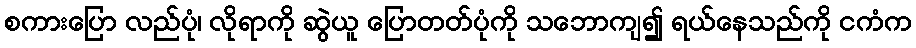
စကားပြော လည်ပုံ၊ လိုရာကို ဆွဲယူ ပြောတတ်ပုံကို သဘောကျ၍ ရယ်နေသည်ကို ငကံက